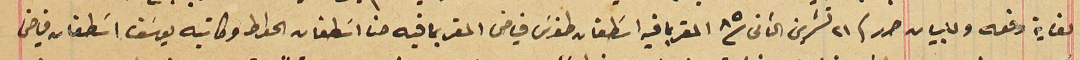
لغاية دفعه وللبيان حرر فى ٢١ تشرين الثانى سنة ٨٥ المقر بما فيه اسَطفان طنوسَ فياض المقر بما فيه حنا اسَطفان الحواط وكاتبه يوسَف اسَطفان فياض